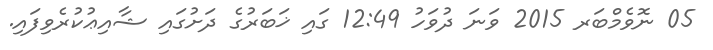
05 ނޮވެމްބަރ 2015 ވަނަ ދުވަހު 12:49 ގައި ޚަބަރުގެ ދަށުގައި ޝާއިޢުކުރެވިފައި.